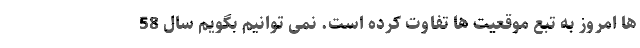
ها امروز به تبع موقعیت ها تفاوت کرده است. نمی توانیم بگویم سال 58